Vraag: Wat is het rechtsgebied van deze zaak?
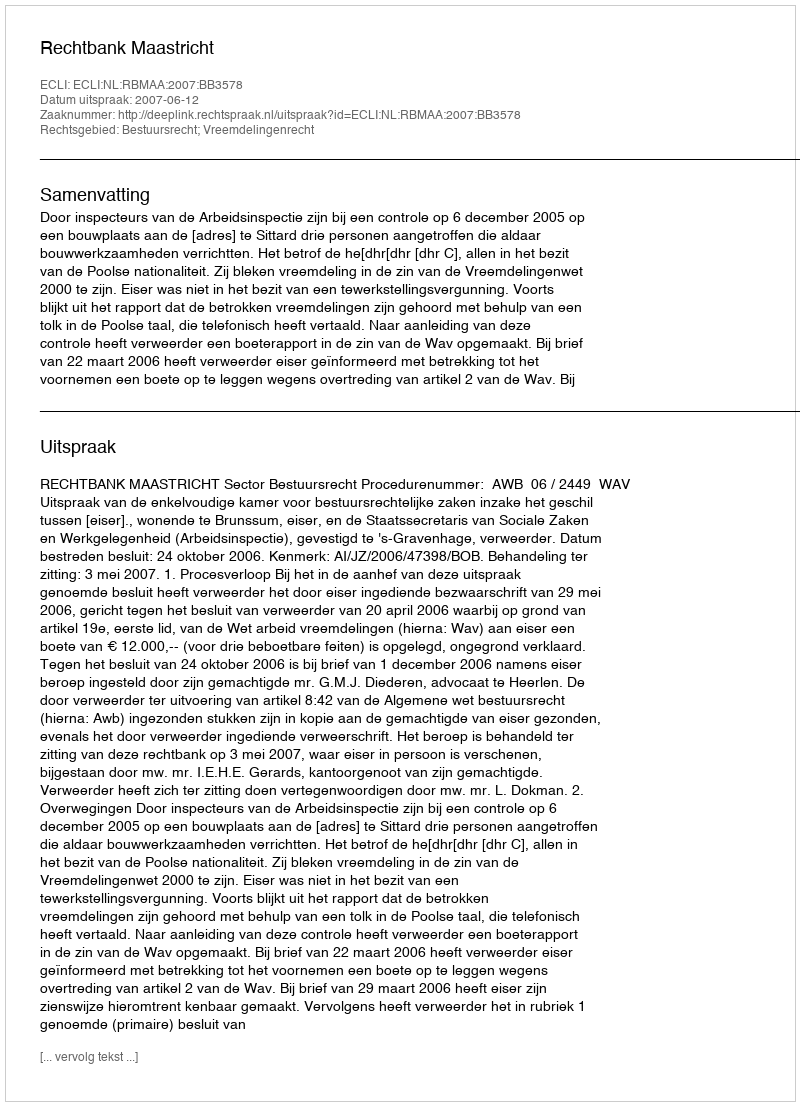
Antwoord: Bestuursrecht; Vreemdelingenrecht